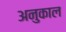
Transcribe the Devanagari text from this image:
अनुकाल